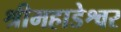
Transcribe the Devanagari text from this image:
श्रीमहाडेश्वर